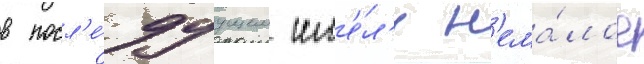
в посл'е́дуущем им'е́л'и н'ема́лое